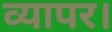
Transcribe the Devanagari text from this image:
व्यापर।